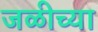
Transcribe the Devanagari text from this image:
जळीच्या